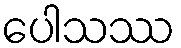
ပေါသဿ